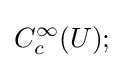
C_{c}^{\infty }(U);